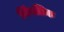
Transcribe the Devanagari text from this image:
मिंगलिक